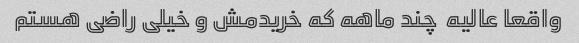
واقعا عالیه  چند ماهه که خریدمش و خیلی راضی هستم